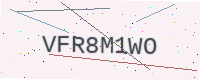
Text: VFR8M1WO